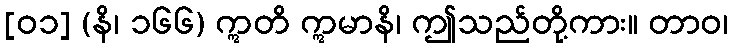
[၀၁] (နိ၊ ၁၆၆) ဣတိ ဣမာနိ၊ ဤသည်တို့ကား။ တာဝ၊